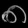
Digit: ၈